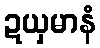
ဍယှမာနံ